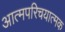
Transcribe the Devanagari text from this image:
आत्मपरिचयात्मक